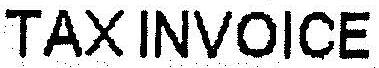
TAX INVOICE